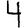
Digit: 4